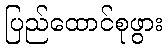
ပြည်ထောင်စုဖွား